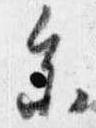
参